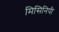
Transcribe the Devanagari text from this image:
मिसिनिपी